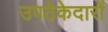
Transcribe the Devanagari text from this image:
उपठेकेदारों